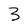
Character: 3